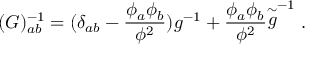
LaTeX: ( G ) _ { a b } ^ { - 1 } = ( \delta _ { a b } - \frac { \phi _ { a } \phi _ { b } } { \phi ^ { 2 } } ) g ^ { - 1 } + \frac { \phi _ { a } \phi _ { b } } { \phi ^ { 2 } } { \stackrel { \sim } { g } } ^ { - 1 } \; .